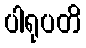
ပါရုပတိ